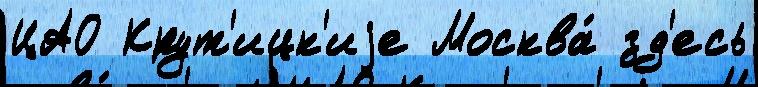
ЦАО Крут'ицк'иjе Москва́ зд'есь